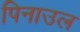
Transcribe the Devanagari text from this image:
पिनाउल